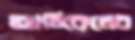
আর্টিকেলের